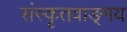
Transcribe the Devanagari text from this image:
संस्कृतवाङ्‌मय